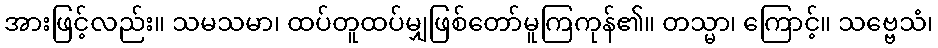
အားဖြင့်လည်း။ သမသမာ၊ ထပ်တူထပ်မျှဖြစ်တော်မူကြကုန်၏။ တသ္မာ၊ ကြောင့်။ သဗ္ဗေသံ၊